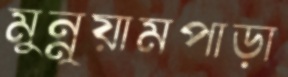
মুন্নুয়ামপাড়া